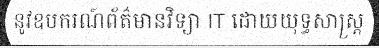
នូវឧបករណ៍ព័ត៌មានវិទ្យា IT ដោយយុទ្ធសាស្ត្រ